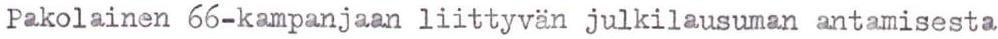
Pakolainen 66-kampanjaan liittyvän julkilausuman antamisesta